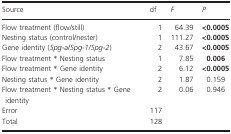
| Source | df | F | P |
 | --- | --- | --- | --- |
 | Flow treatment (flow/still) | 1 | 64.39 | <0.0005 |
 | Nesting status (control/nester) | 1 | 111.27 | <0.0005 |
 | Gene identity (Spg-a/Spg-1/Spg-2) | 2 | 43.67 | <0.0005 |
 | Flow treatment * Nesting status | 1 | 7.85 | 0.006 |
 | Flow treatment * Gene identity | 2 | 6.12 | <0.0005 |
 | Nesting status * Gene identity | 2 | 1.87 | 0.159 |
 | Flow treatment * Nesting status * Gene identity | 2 | 0.06 | 0.946 |
 | Error | 117 |  |  |
 | Total | 128 |  |  |